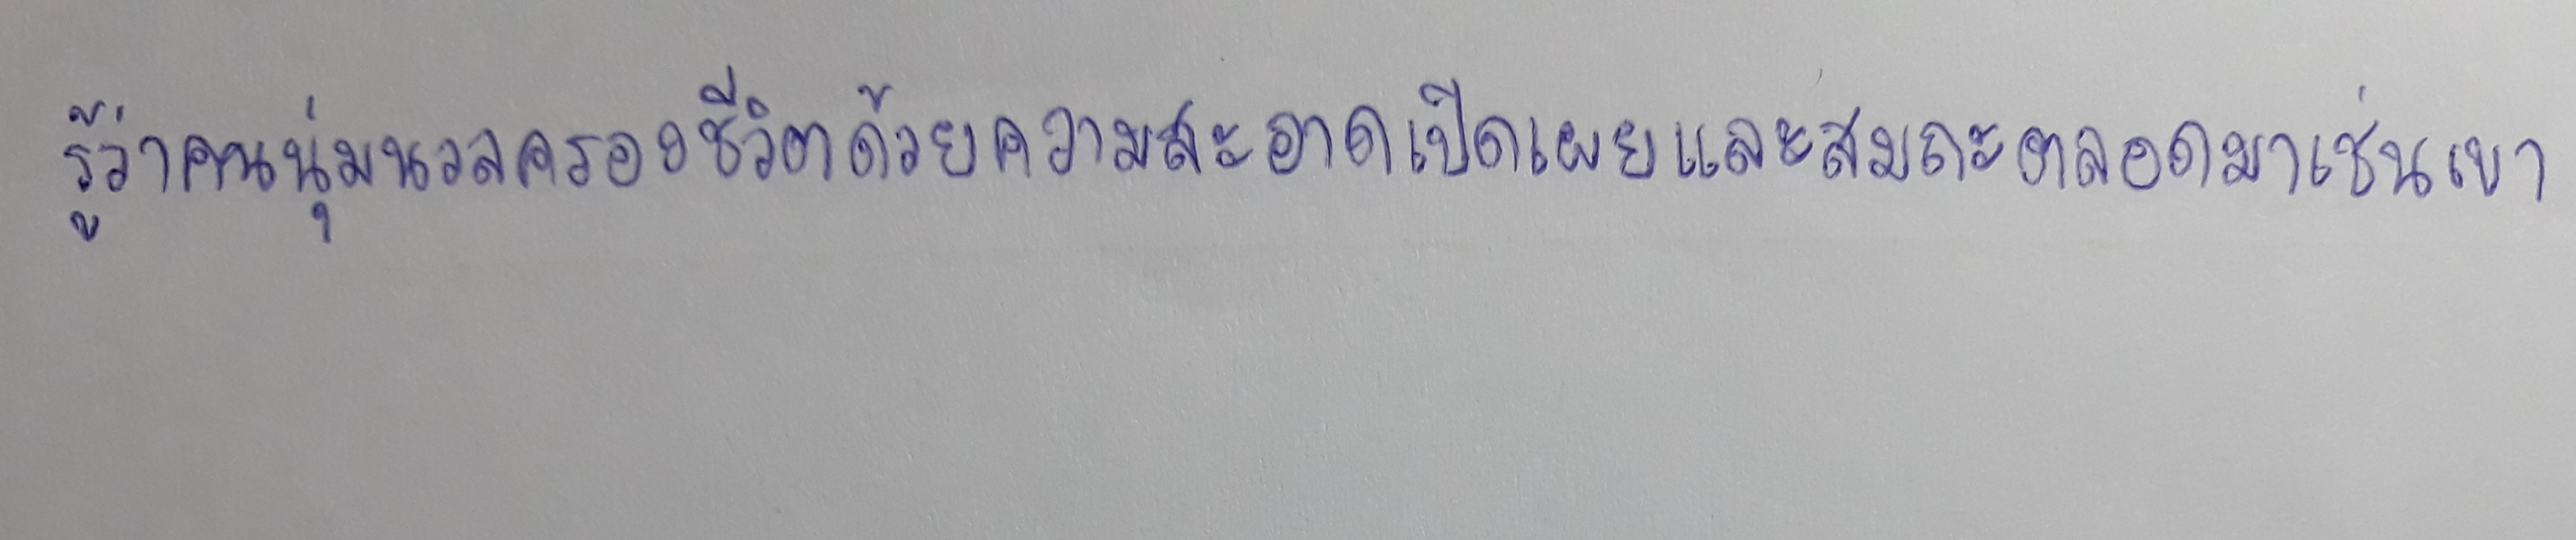
รู้ว่าคนนุ่มนวลครองชีวิตด้วยความสะอาดเปิดเผยและสมถะตลอดมาเช่นเขา